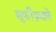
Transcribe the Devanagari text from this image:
सुफींप्रमाणे